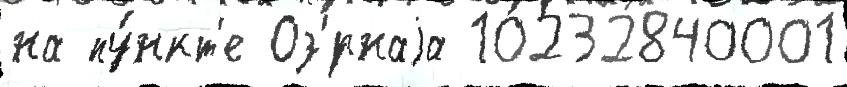
на пу́нкт'е Оз'́рнаjа 10232840001